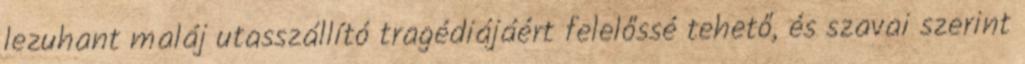
lezuhant maláj utasszállító tragédiájáért felelőssé tehető, és szavai szerint